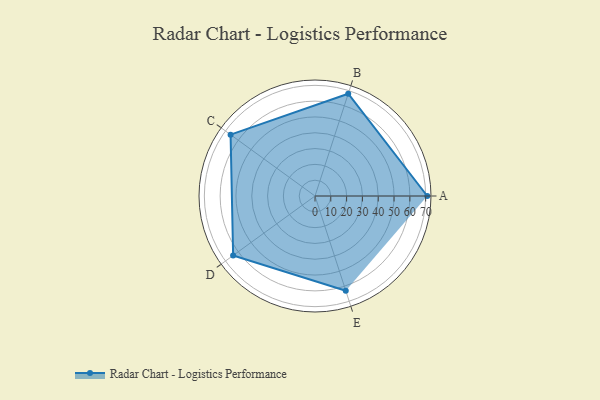
{"axis": {"x": "Skill", "y": "Score"}, "legend": ["Profile"], "data": [{"x": "A", "y": 71.0, "type": "Profile"}, {"x": "B", "y": 68.0, "type": "Profile"}, {"x": "C", "y": 66.0, "type": "Profile"}, {"x": "D", "y": 64.0, "type": "Profile"}, {"x": "E", "y": 63.0, "type": "Profile"}]}